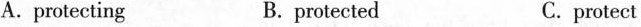
A. protecting B. protected C. protect